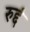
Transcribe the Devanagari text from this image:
रुद्दं